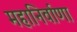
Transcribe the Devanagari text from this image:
महानिर्वाणा